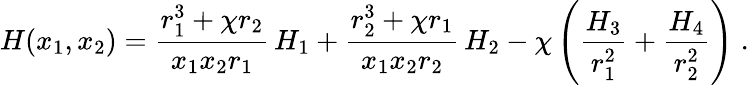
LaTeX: H(x_{1},x_{2})=\frac{r_{1}^{3}+\chi r_{2}}{x_{1}x_{2}r_{1}}\, H_{1}+\frac{r_{2}^{3}+\chi r_{1}}{x_{1}x_{2}r_{2}}\, H_{2}-\chi\left(\frac{H_{3}}{r_{1}^{2}}+\frac{H_{4}}{r_{2}^{2}}\right)\; .